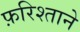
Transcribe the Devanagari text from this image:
फ़रिश्ताने